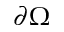
\partial \Omega